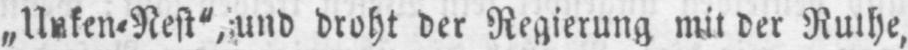
und droht der Regierung mit der Ruthe‚